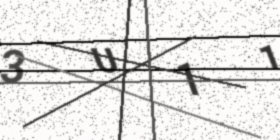
Text: 3U11